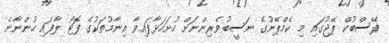
ފޭސްބުކް ޕޭޖުގައި މި ކެމްޕޭނުގެ ނަސީބުވެރިންނަށް ހުށަހަޅާފައިވާ އިނާމުތަކުގެ ފޮޓޯ ލާފައި ހުންނާނެ